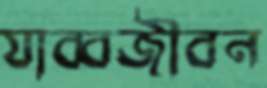
যাব্বজীবন